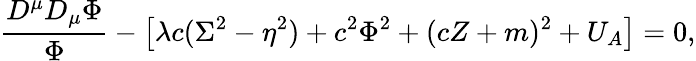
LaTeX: \frac{D^{\mu}D_{\mu}\Phi}\Phi-\left[\lambda c(\Sigma^{2}-\eta^{2})+c^{2}\Phi^{2}+(cZ+m)^{2}+U_{A}\right]=0,